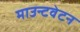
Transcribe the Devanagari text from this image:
माउन्टवेटन